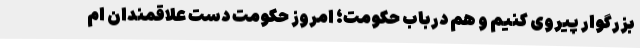
بزرگوار پیروی کنیم و هم درباب حکومت؛ امروز حکومت دست علاقمندان ام